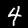
Label: 4